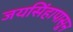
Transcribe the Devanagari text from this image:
जयसिंहापासून